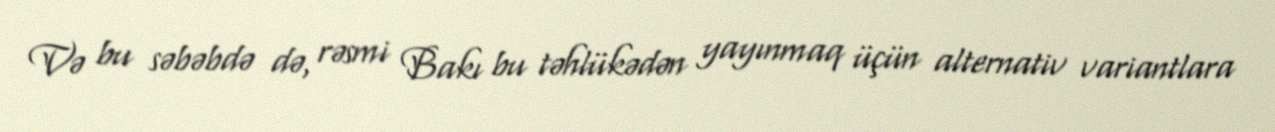
Və bu səbəbdə də, rəsmi Bakı bu təhlükədən yayınmaq üçün alternativ variantlara